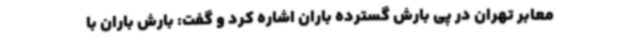
معابر تهران در پی بارش گسترده باران اشاره کرد و گفت: بارش باران با